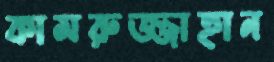
কামরুজ্জাহান